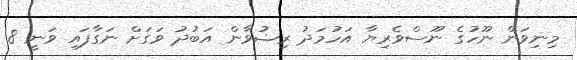
މިނިވަން ނޫހުގެ ނޫސްވެރިޔާ އަހުމަދު ރިޟުވާން އަބުދު ވަގަށް ނަގާފައި ވަނީ 8